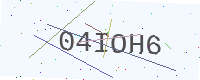
Text: 04IOH6